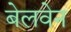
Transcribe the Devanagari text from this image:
बेलवेन